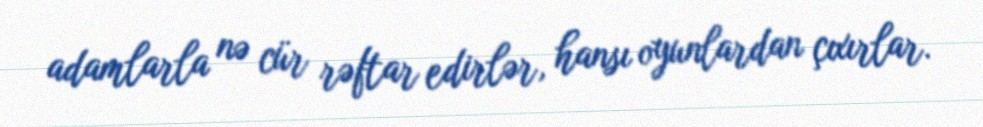
adamlarla nə cür rəftar edirlər, hansı oyunlardan çıxırlar.